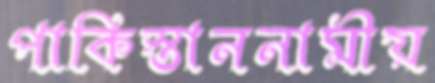
পাকিস্তাননামীয়